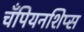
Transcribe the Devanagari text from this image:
चँपियनशिप्स